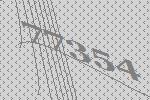
77354